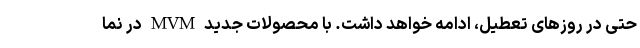
حتی در روزهای تعطیل، ادامه خواهد داشت. با محصولات جدید MVM در نما